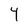
Character: Y